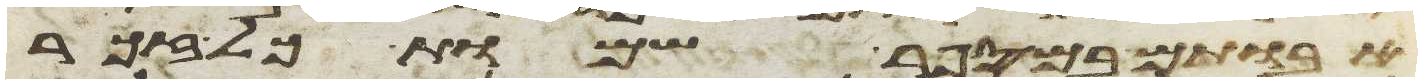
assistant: אבותם במספר שמות כל זכר